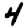
Digit: 4